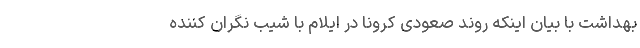
بهداشت با بیان اینکه روند صعودی کرونا در ایلام با شیب نگران کننده